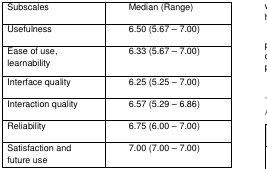
<table><thead><tr><td><b>Subscales</b></td><td><b>Median (Range)</b></td></tr></thead><tbody><tr><td>Usefulness</td><td>6.50 (5.67 – 7.00)</td></tr><tr><td>Ease of use, learnability</td><td>6.33 (5.67 – 7.00)</td></tr><tr><td>Interface quality</td><td>6.25 (5.25 – 7.00)</td></tr><tr><td>Interaction quality</td><td>6.57 (5.29 – 6.86)</td></tr><tr><td>Reliability</td><td>6.75 (6.00 – 7.00)</td></tr><tr><td>Satisfaction and future use</td><td>7.00 (7.00 – 7.00)</td></tr></tbody></table>